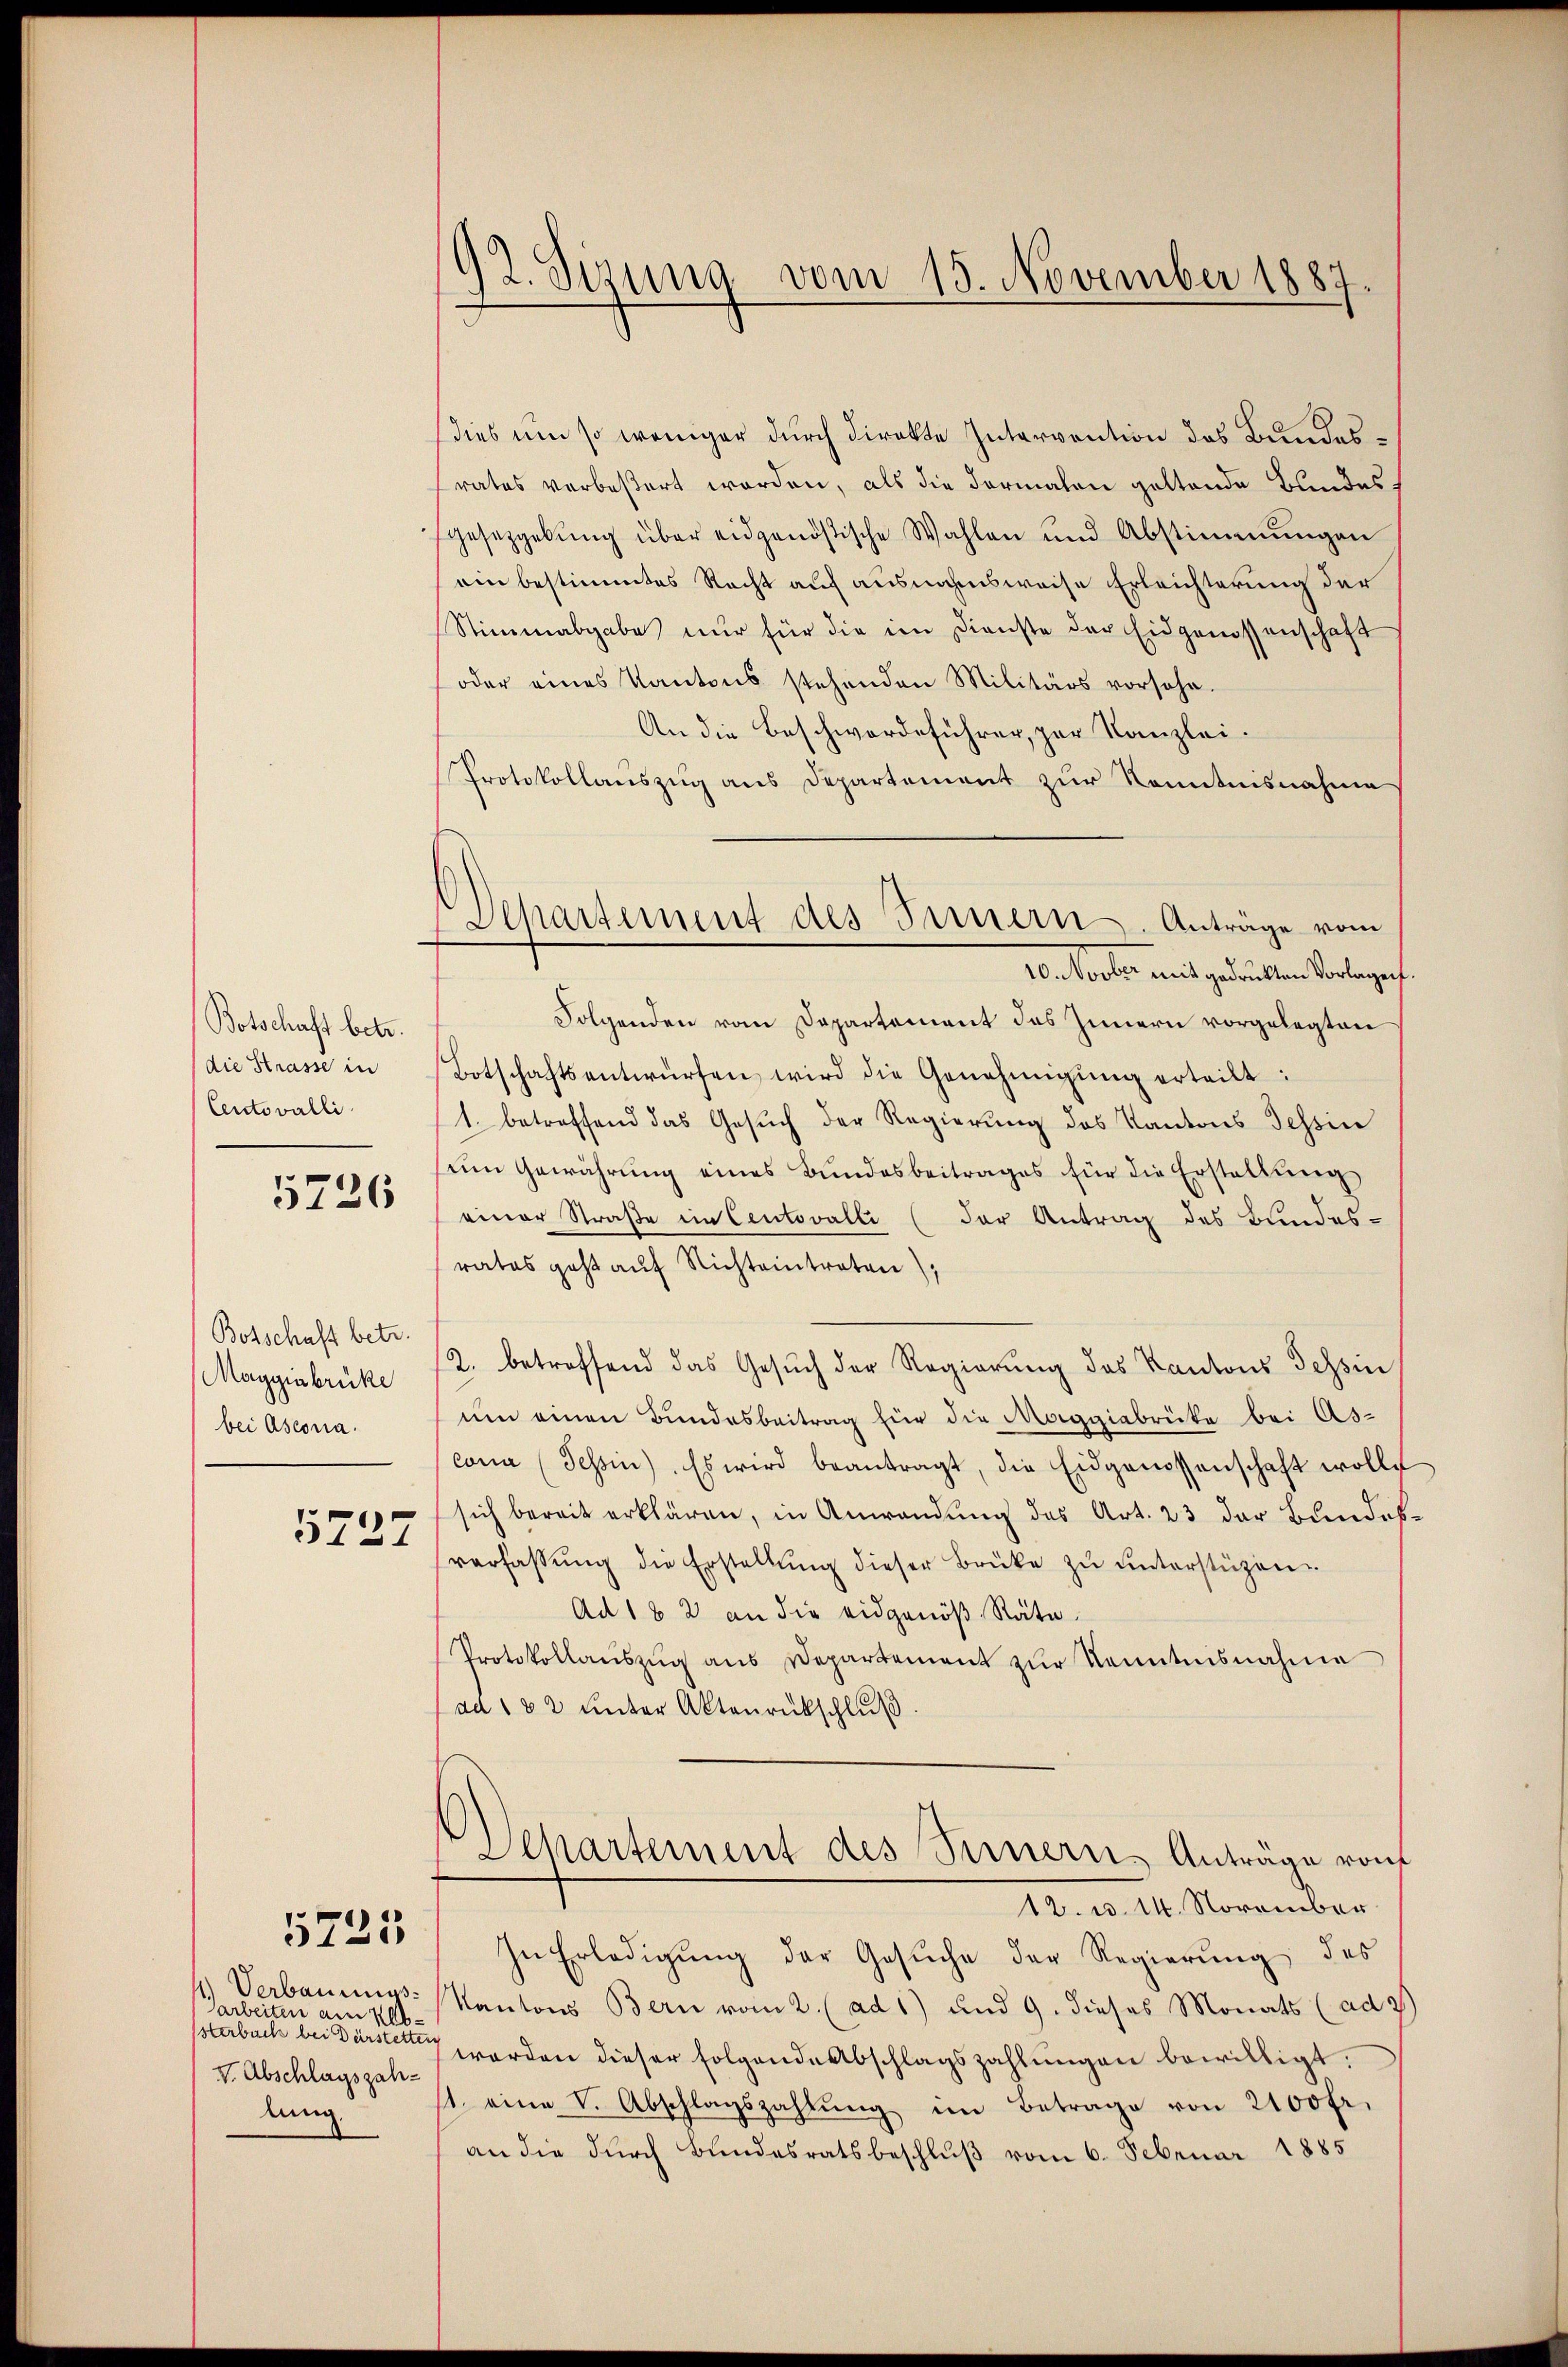
Botschaft betr.
die Strasse in
Centovalli

5726

Botschaft betr.
Maggiabrüke
bei Ascona.

5727

5725

1) Verbaumsarbeiten am Absterbuch bei Dürstetteng
v. Abschlagszahlung

92. Sizung vom 15. November 1887

Departement des Ternern. Anträge vom
10. Novber mit gedruckten Vorlagen.

dies um so weniger durch direkte Intervention des Bundesrates verbeßert worden, als die Formalen geltende Bundesgesetzgebŭng über eidgenößische Wahlen und Abstimmungen
ein bestimmtes Recht auf ausnahmsweise Erleichterung der
Stimmabgabe nur für die im Dienste der Eidgenossenschaft
oder eines Kantons stehenden Militärs vorsehe.
An die Beschwerdeführer, zur Kanzlei.
Protokollauszug aus Departement zur Kenntnisnahme
Folgenden vom Departement des Innern vorgelegten
Botschaftsentwürfen wird die Genehmigŭng erteilt:
1. betreffend das Gesŭch der Regierung des Kantons Tessin
sem Gewährung eines Bundesbeitrages für die Erstellung
einer Straße im Centovalli (der Antrag des Bundes-
rates geht auf Richteintreten,
2. betreffend das Gesŭch der Regierŭng des Kantons Tessin
um einen Bundesbeitrag für die Maggiabrücke bei As-
cana (Tessin. Es wird beantragt, die Eidgenossenschaft wolle
sich bereit erklären, in Anwendung des Art. 23 der Bundes
verfassŭng die Erstellŭng dieser Brüke zŭ ŭnterstüzen
Ad 182 an die eidgenöß Räte
Protokollauszug aus Departement zur Kenntnisnahme
ad 182 unter Aktenrückschlŭβ
Departement des Fernern, Anträge von
12. d. 14. November
In Erledigŭng der Gesŭche der Regierŭng des
Kantons Bern vom 2. (ad 1) und 9. dieses Monats (ad 3)
werden dieser folgende Abschlagszahlŭngen bewilligt.
1. eine v. Abschlagszahlŭng im Betrage von 2100 fr.
an die durch Bundesratsbeschluß vom 6. Februar 1885